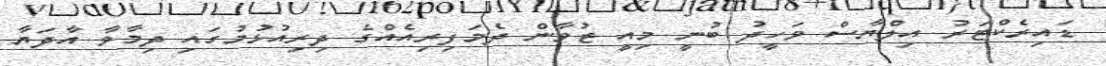
ޑައިރެކްޓަރު އިލްޔާސް ވަހީދު ބުނީ މިއީ ޒުވާން ދެމަފިރިއެއްގެ ދިރިއުޅުމުގައި ދިމާވާ އާދަޔާ